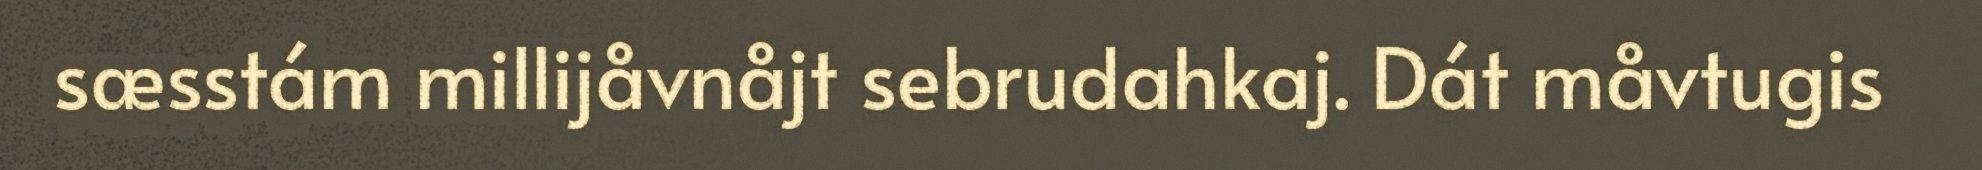
sæsstám millijåvnåjt sebrudahkaj. Dát måvtugis